Indian journal of veterinary science and animal husbandry - Volumes 22-23, 1952-1953
Year: 1952
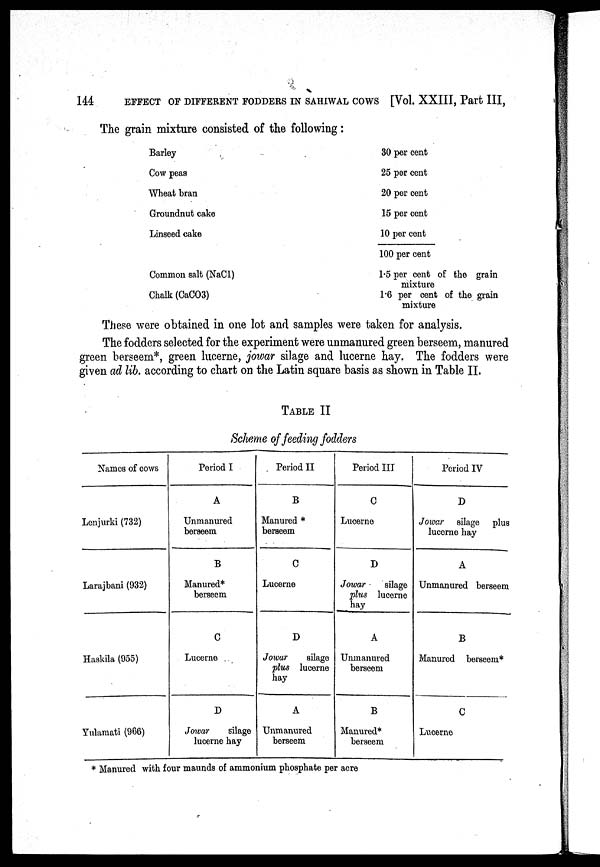
144
EFFECT OF DIFFERENT FODDERS IN SAHIWAL COWS [Vol. XXIII, Part III,
The grain mixture consisted of the following:
Barley
Cow peas
Wheat bran
Groundnut cake
Linseed cake
Common salt (NaCl)
Chalk (CaCO3)
30 per cent
25 per cent
20 per cent
15 per cent
10 per cent
100 per cent
1.5 per cent of the grain
mixture
1.6 per cent of the grain
mixture
These were obtained in one lot and samples were taken for analysis.
The fodders selected for the experiment were unmanured green berseem, manured
green berseem*, green lucerne, jowar silage and lucerne hay. The fodders were
given ad lib. according to chart on the Latin square basis as shown in Table II.
TABLE II
Scheme of feeding fodders
Names of cows
Lenjurki (732)
Larajbani (932)
Haskila (955)
Yulamati (966)
Period I
A
Unmanured
berseem
B
Manured*
berseem
C
Lucerne
D
Jowar
silage
lucerne hay
Period II
B
Manured *
beraeem
C
Lucerne
D
Jowar
silage
plus lucerne
hay
A
Unmanured
berseem
Period III
C
Lucerne
D
Jowar
silage
plus lucerne
hay
A
Unmanured
berseem
B
Manured*
berseem
Period IV
D
Jowar
silage plus
lucerne hay
A
Unmanured berseem
B
Manured berseem*
C
Lucerne
* Manured with four maunds of ammonium phosphate per acre